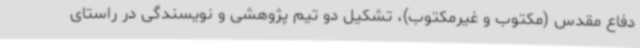
دفاع مقدس (مکتوب و غیرمکتوب)، تشکیل دو تیم پژوهشی و نویسندگی در راستای